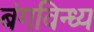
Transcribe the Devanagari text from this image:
बंगविन्ध्य